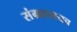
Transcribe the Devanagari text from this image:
संग्रहालयच